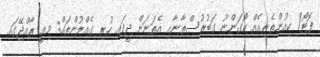
ފޮޓޯ/ ކިއުންތެރިއެއް ކޯގަންނު ގަބުރުސްތާނާއި އެތަނަށް ދީފައި ހުރި ގެއްލުންތައް: މިއީ ރާއްޖޭގައި